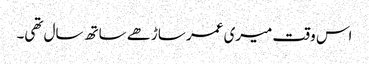
اس وقت میری عمر ساڑھے ساتھ سال تھی۔